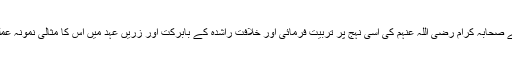
آپ صلی اللہ علیہ وسلم نے صحابہ کرام رضی اللہ عنہم کی اسی نہج پر تربیت فرمائی اور خلافتِ راشدہ کے بابرکت اور زریں عہد میں اس کا مثالی نمونہ عملی طور پر ظہورپذیر ہوا۔